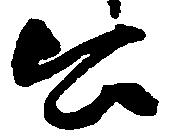
公